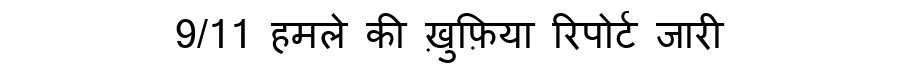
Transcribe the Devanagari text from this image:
9/11 हमले की ख़ुफ़िया रिपोर्ट जारी